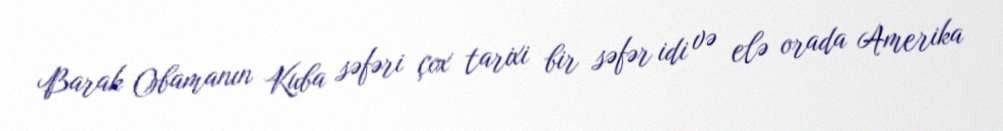
Barak Obamanın Kuba səfəri çox tarixi bir səfər idi və elə orada Amerika